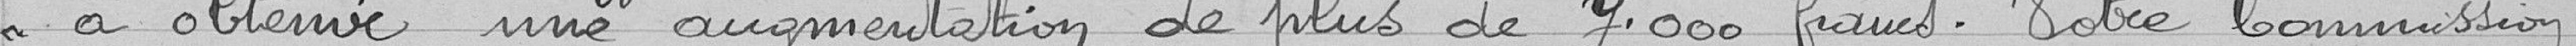
à obtenir une augmentation de 7.000 francs. Votre commission